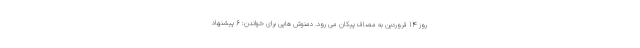
روز 14 فروردین به مصاف پیکان می رود. دمنوش هایی برای خواندن: 6 پیشنهاد